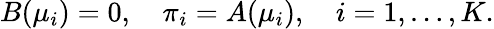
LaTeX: B(\mu_{i})=0,\quad\pi_{i}=A(\mu_{i}),\quad i=1,\ldots,K.